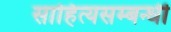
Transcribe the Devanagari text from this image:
साहित्यसम्बन्धी